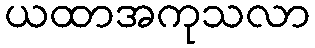
ယထာအကုသလာ